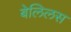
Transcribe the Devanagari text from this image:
बेलिलस